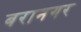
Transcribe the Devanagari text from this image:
बरानगर